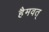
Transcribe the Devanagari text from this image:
हैमवत्